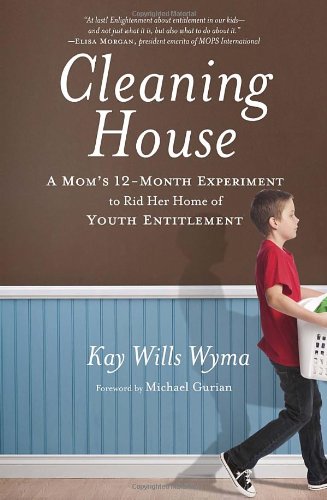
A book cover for Cleaning House: A Mom's Twelve-Month Experiment to Rid Her Home of Youth Entitlement; Kay Wills Wyma; Christian Books & Bibles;